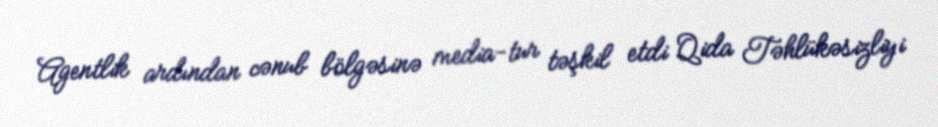
Agentlik ardından cənub bölgəsinə media-tur təşkil etdi Qida Təhlükəsizliyi